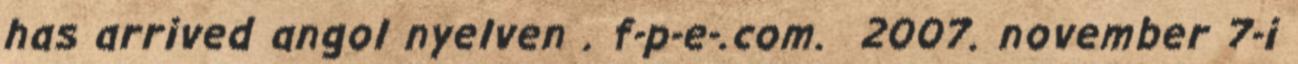
has arrived angol nyelven . f-p-e-.com. 2007. november 7-i